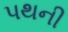
પથની